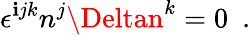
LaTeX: \epsilon^{\mathbf{i}jk}n^{j}\Deltan^{k}=0\ \ .